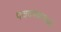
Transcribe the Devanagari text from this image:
पचवण्यामध्ये